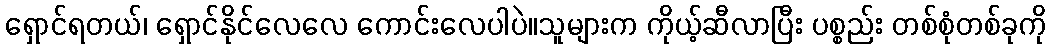
ရှောင်ရတယ်၊ ရှောင်နိုင်လေလေ ကောင်းလေပါပဲ။သူများက ကိုယ့်ဆီလာပြီး ပစ္စည်း တစ်စုံတစ်ခုကို